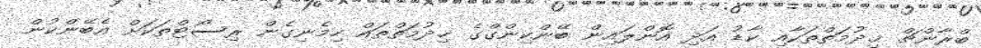
ބްރާންޗް ޚިދުމަތްތަކާއި ކާޑު އަދި އޮންލައިން ބޭންކިންގްގެ ޚިދުމަތްތައް ހިމެނިގެން ރިސޯޓްތަކަށް އެބޭންކުން